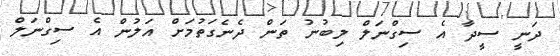
ދަނީ ސީދާ އެ ސިގްނަލް ލިބުނު ތަން ދެނެގަތުމަށް އަލުން އެ ސިގްނަލް